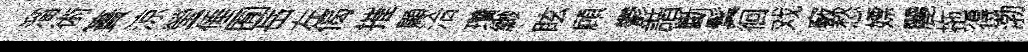
溜術簣涼瑩倕囿岳左偈摧顯洽瓚緲眩頋鬱諧斷鬂徊戏竅愁嫖麗拖得渤